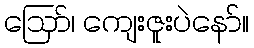
ဪ၊ ကျေးဇူးပဲနော်။